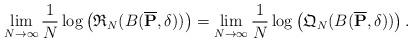
LaTeX: \begin{align*} \lim_{N \to \infty} \frac{1}{N} \log \left( \mathfrak{R}_{N}(B( \overline{\mathbf{P}}, \delta)) \right) = \lim_{N \to \infty} \frac{1}{N} \log \left( \mathfrak{Q}_{N}(B( \overline{\mathbf{P}}, \delta)) \right).\end{align*}